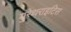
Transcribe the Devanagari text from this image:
युरेथराइटिस